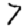
Digit: 7